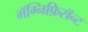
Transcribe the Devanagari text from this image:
मॅग्निफ़िसॅन्ट